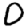
Digit: 0